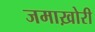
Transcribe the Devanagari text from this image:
जमाख़ोरी